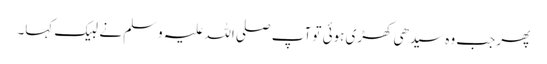
پھر جب وہ سیدھی کھڑی ہوئی تو آپ صلی اللہ علیہ وسلم نے لبیک کہا۔